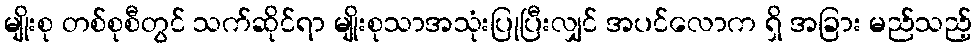
မျိုးစု တစ်စုစီတွင် သက်ဆိုင်ရာ မျိုးစုသာအသုံးပြုပြီးလျှင် အပင်လောက ရှိ အခြား မည်သည့်